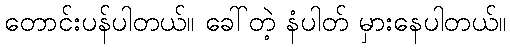
တောင်းပန်ပါတယ်။ ခေါ်တဲ့ နံပါတ် မှားနေပါတယ်။